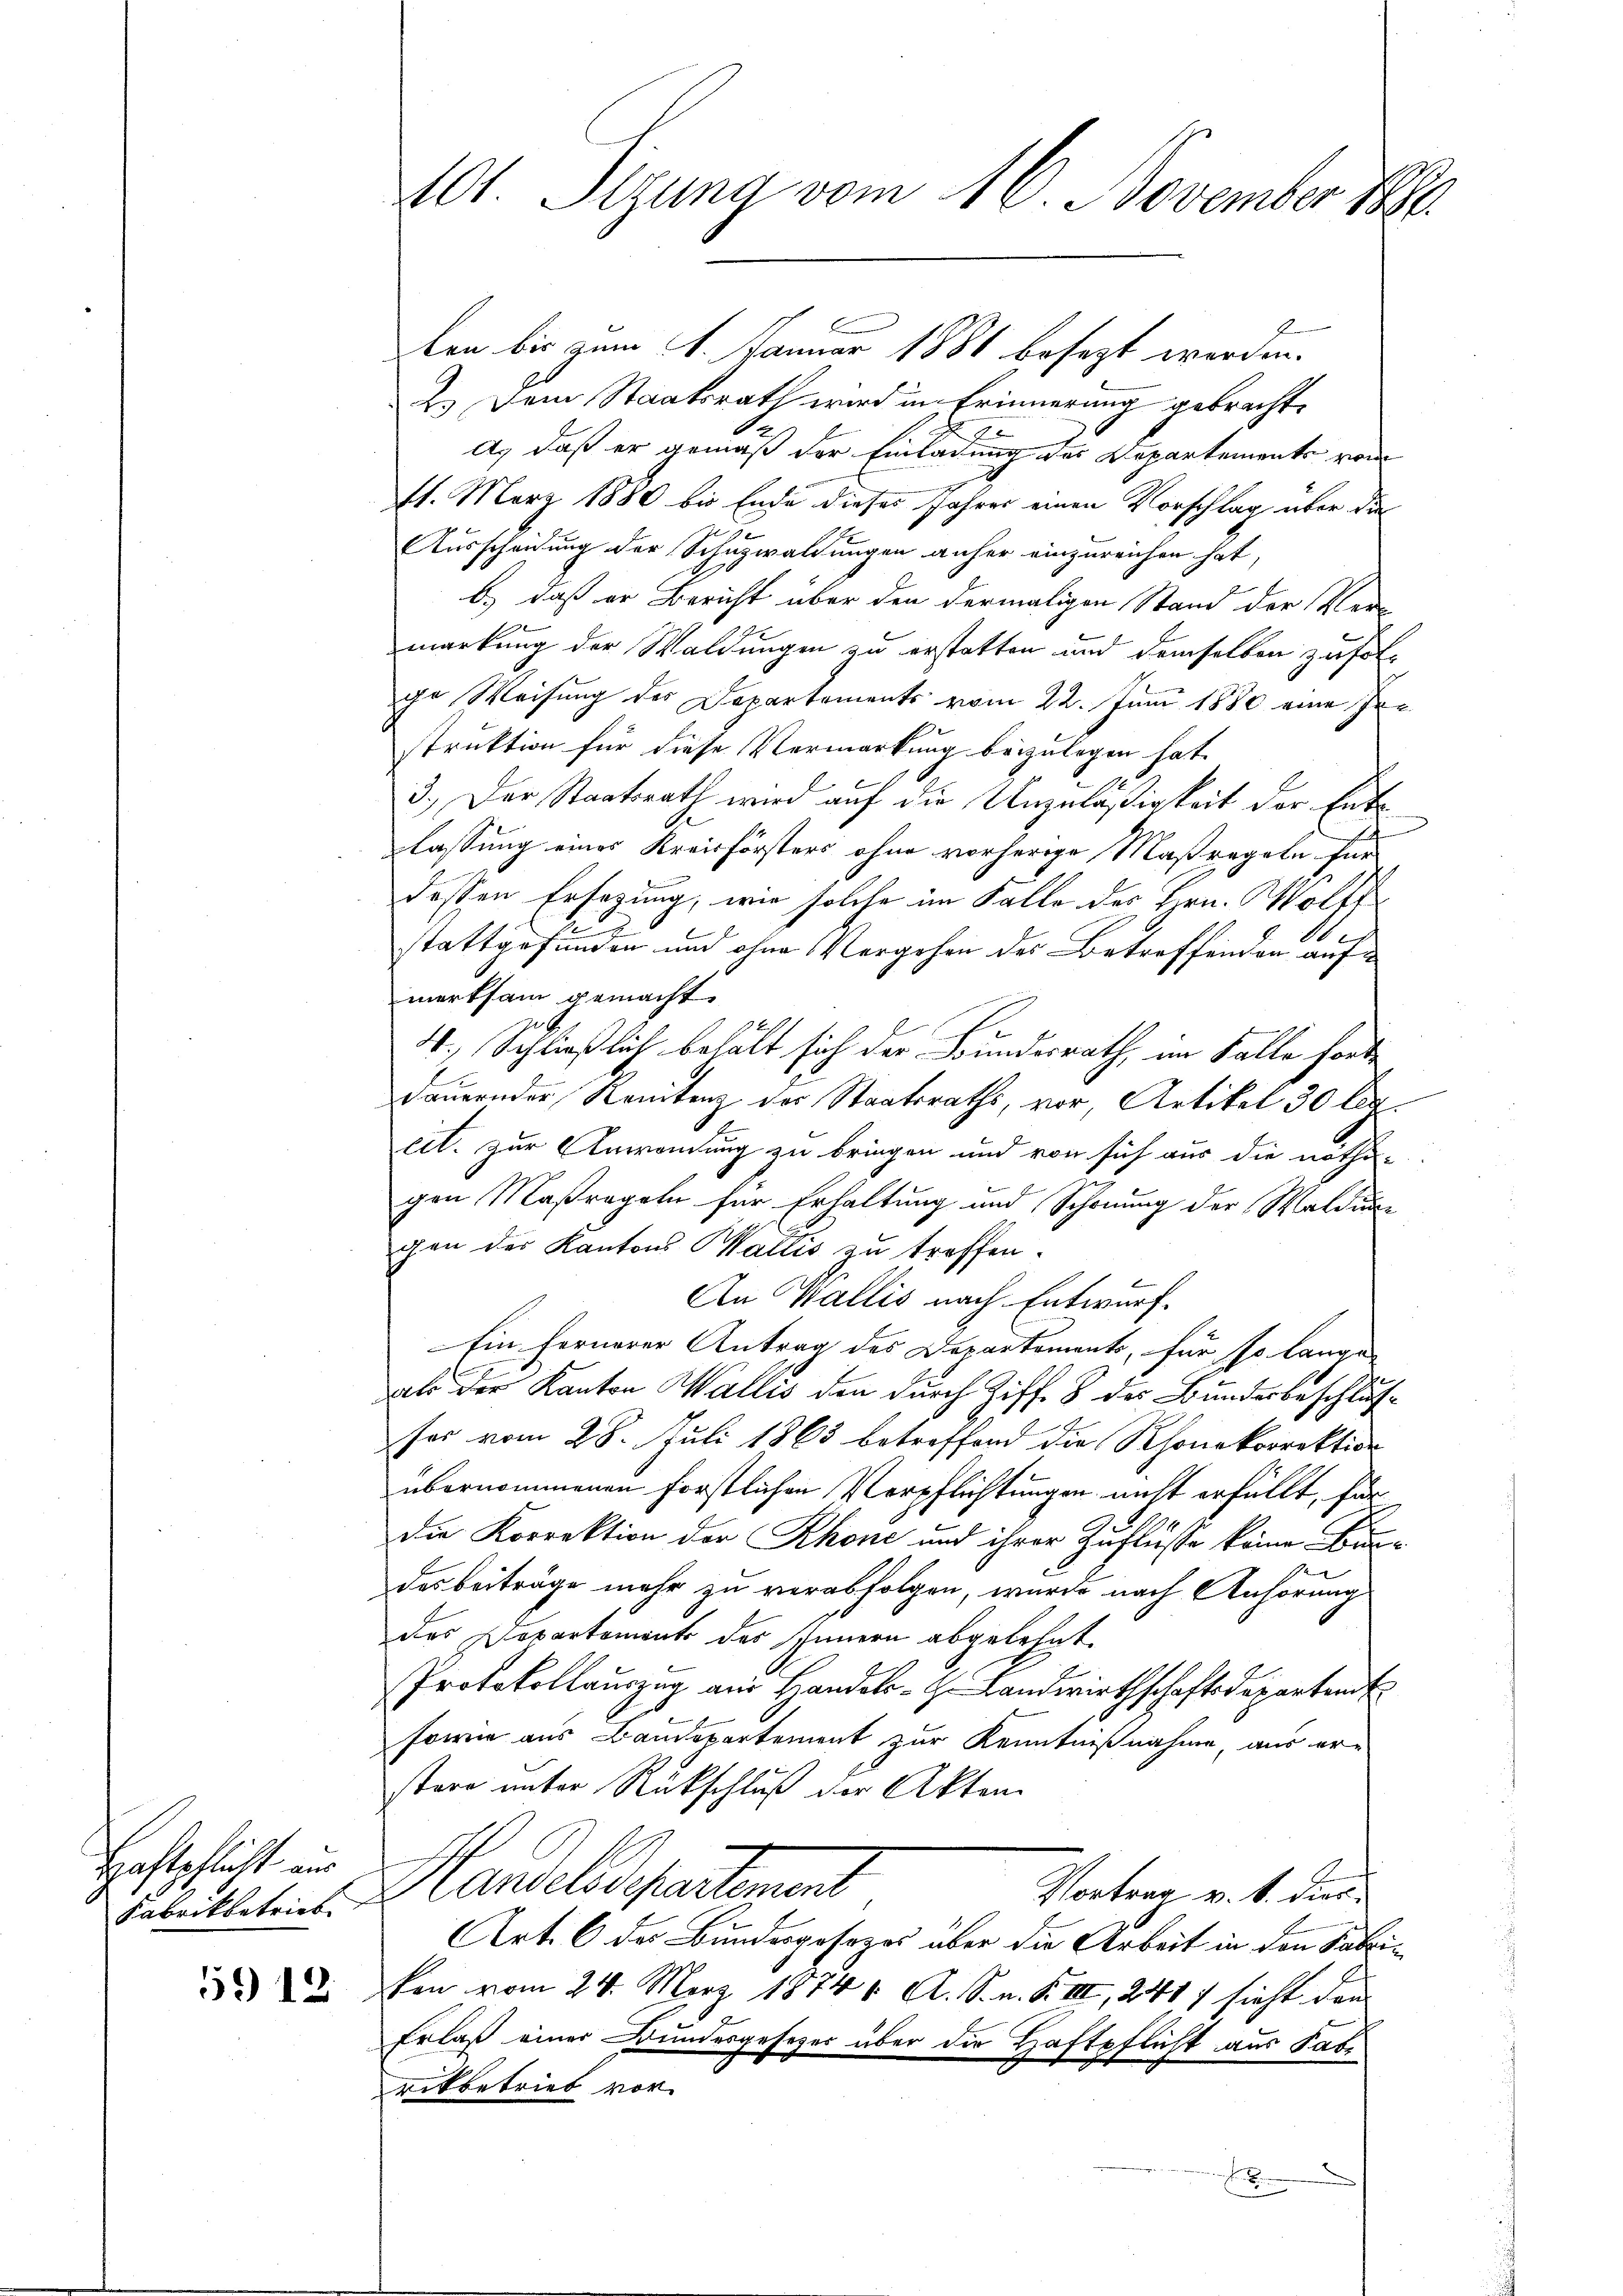
Haftpflicht aus
Fabrikbetrieb

59 12

101. Sizung vom 16. November 1890.

ken bis zum 1. Januar 1881 besezt werden.
2.) Dem Staatsrath wird in Erinnerung gebracht,
A. daß er gemäß der Einladung der Departements vom
11. März 1880 bis Ende dieses Jahres einen Vorschlag über die
Ausscheidung der Schuzwaldungen anher einzureichen hat,
b.) daß er Bericht über den dermaligen Stand der Ver-
markung der Waldungen zu erstatten und demselben zu folge Weisung des Departements vom 22. Juni 1880 eine Instruktion für diese Vermarkung beizulegen hat.
1
e
3.) Der Staatsrath wird auf die Unzuläßigkeit der Entlassung eines Kreisförsters ohne vorherige Maßregeln für
dessen Ersezung, wie solche im Falle des Hrn. Wolfe
1
u
stattgefunden und ohne Vergehen des Betreffenden auf
merksam gemacht.
4.) Schließlich behält sich der Bundesrath, im Falle forde
E
dauernder Konitenz der Staatsraths, vor, Artikel 30 Cenect. zur Anwendung zu bringen und von sich aus die notho-
gen Maßregeln für Erhaltung und Schonung der Waldungen der Kantons Wallis zu treffen.
An Wallis nach Entwurf.
Ein fernerer Antrag des Departements, für so lange
als der Kanton Wallis den durch Ziff. 8 des Bundesbeschlusfes vom 28. Juli 1863 betreffend die Rhonekorrektion
übernommenen förstlichen Verpflichtungen nicht erfüllt, für
Die Korrektion der Rhone und ihrer Zuflüsse keine Bundesbeiträge mehr zu verabfolgen, wurde nach Anhörung
das Departement des Innern abgelehnt
Protokollauszug an Handel-H. Landwirthschaftsdepartend
sowie aus Baudepartement zur Kenntnißnahme, aus er-
stare unter Rückschluß der Akten
Handelspartement
Vortrag v. S. dies
Art. 6 des Bundesgesezes über die Arbeit in den Sabin
ken vom 24. März 1874 v. A. S. n. F. III, 241 : sieht dann
Erlaß einer Bundesgeseher über die Haftpflicht aus Fabe
eitbetrieb vor